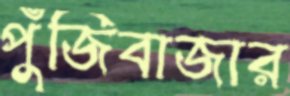
পুঁজিবাজার